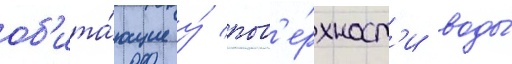
об'ита́ющие у́ пов'е́рхност'и воды́